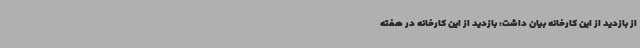
از بازدید از این کارخانه بیان داشت: بازدید از این کارخانه در هفته